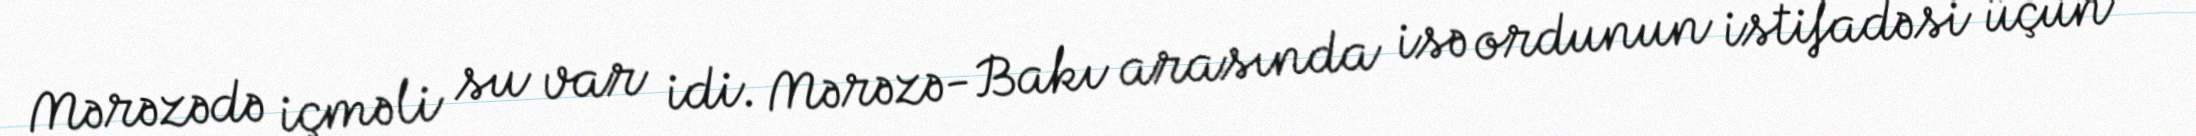
Mərəzədə içməli su var idi. Mərəzə-Bakı arasında isə ordunun istifadəsi üçün